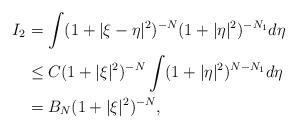
LaTeX: \begin{align*} I_2 &= \int (1+|\xi-\eta|^2)^{-N}(1+|\eta|^2)^{-N_1} d \eta \\ &\leq C (1+|\xi|^2)^{-N}\int (1+|\eta|^2)^{N - N_1} d \eta \\ &= B_N (1 + |\xi|^2)^{- N},\end{align*}